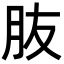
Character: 𦙓